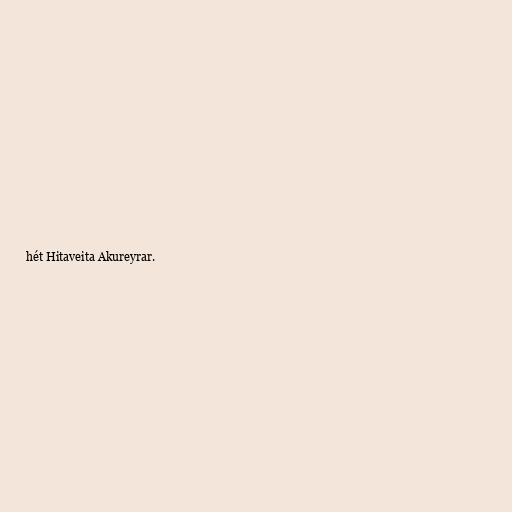
hét Hitaveita Akureyrar.